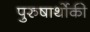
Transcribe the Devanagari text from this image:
पुरुषार्थोकी